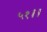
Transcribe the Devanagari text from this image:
५१।।